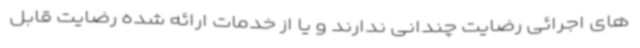
های اجرائی رضایت چندانی ندارند و یا از خدمات ارائه شده رضایت قابل